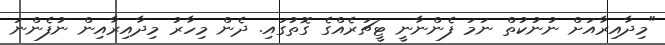
"މިދާއިރާއަށް ނުނުކުތް ނަމަ ފެންނާނީ ޓީޗަރެއްގެ ގޮތުގައި. ދެން މިހާރު މިދާއިރާއިން ނުފެންނަ